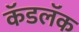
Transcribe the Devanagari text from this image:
कॅडलॅक